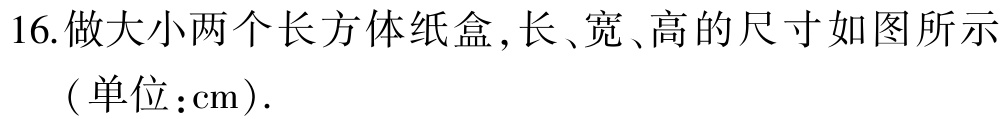
16. 做大小两个长方体纸盒，长、宽、高的尺寸如图所示
（单位：cm）.